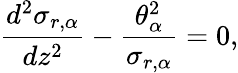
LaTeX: \frac{d^{2}\sigma_{r,\alpha}}{dz^{2}}-\frac{\theta_{\alpha}^{2}}{\sigma_{r,\alpha}}=0,